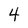
Character: 4